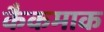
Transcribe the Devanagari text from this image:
कैकमाक